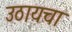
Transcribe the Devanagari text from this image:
उठायचा